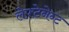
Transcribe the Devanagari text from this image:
लेफ़्टेनेन्ट